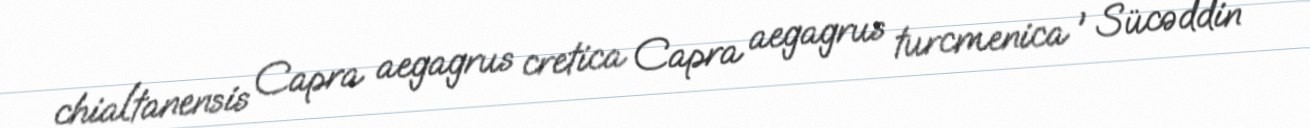
chialtanensis Capra aegagrus cretica Capra aegagrus turcmenica ' Sücəddin